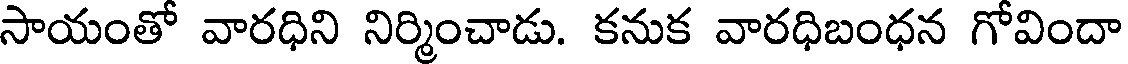
సాయంతో వారధిని నిర్మించాడు. కనుక వారధిబంధన గోవిందా